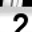
Digit: 2